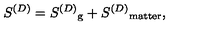
S ^ { ( D ) } = { S ^ { ( D ) } } _ { \mathrm { g } } + { S ^ { ( D ) } } _ { \mathrm { m a t t e r } } ,